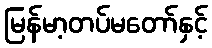
မြန်မာ့တပ်မတော်နှင့်